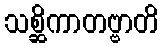
သစ္ဆိကာတဗ္ဗာတိ